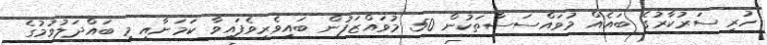
ހުރި ސަރުކާރުގެ ބައެއް މުވައްސަސާތަކުން 50 މުވައްޒަފުން ބައިވެރިވެފައިވާ ކަމަށާއި މި ބައްދަލުވުމުގެ